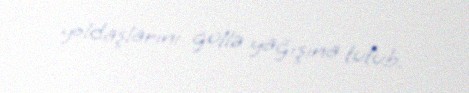
yoldaşlarını güllə yağışına tutub.